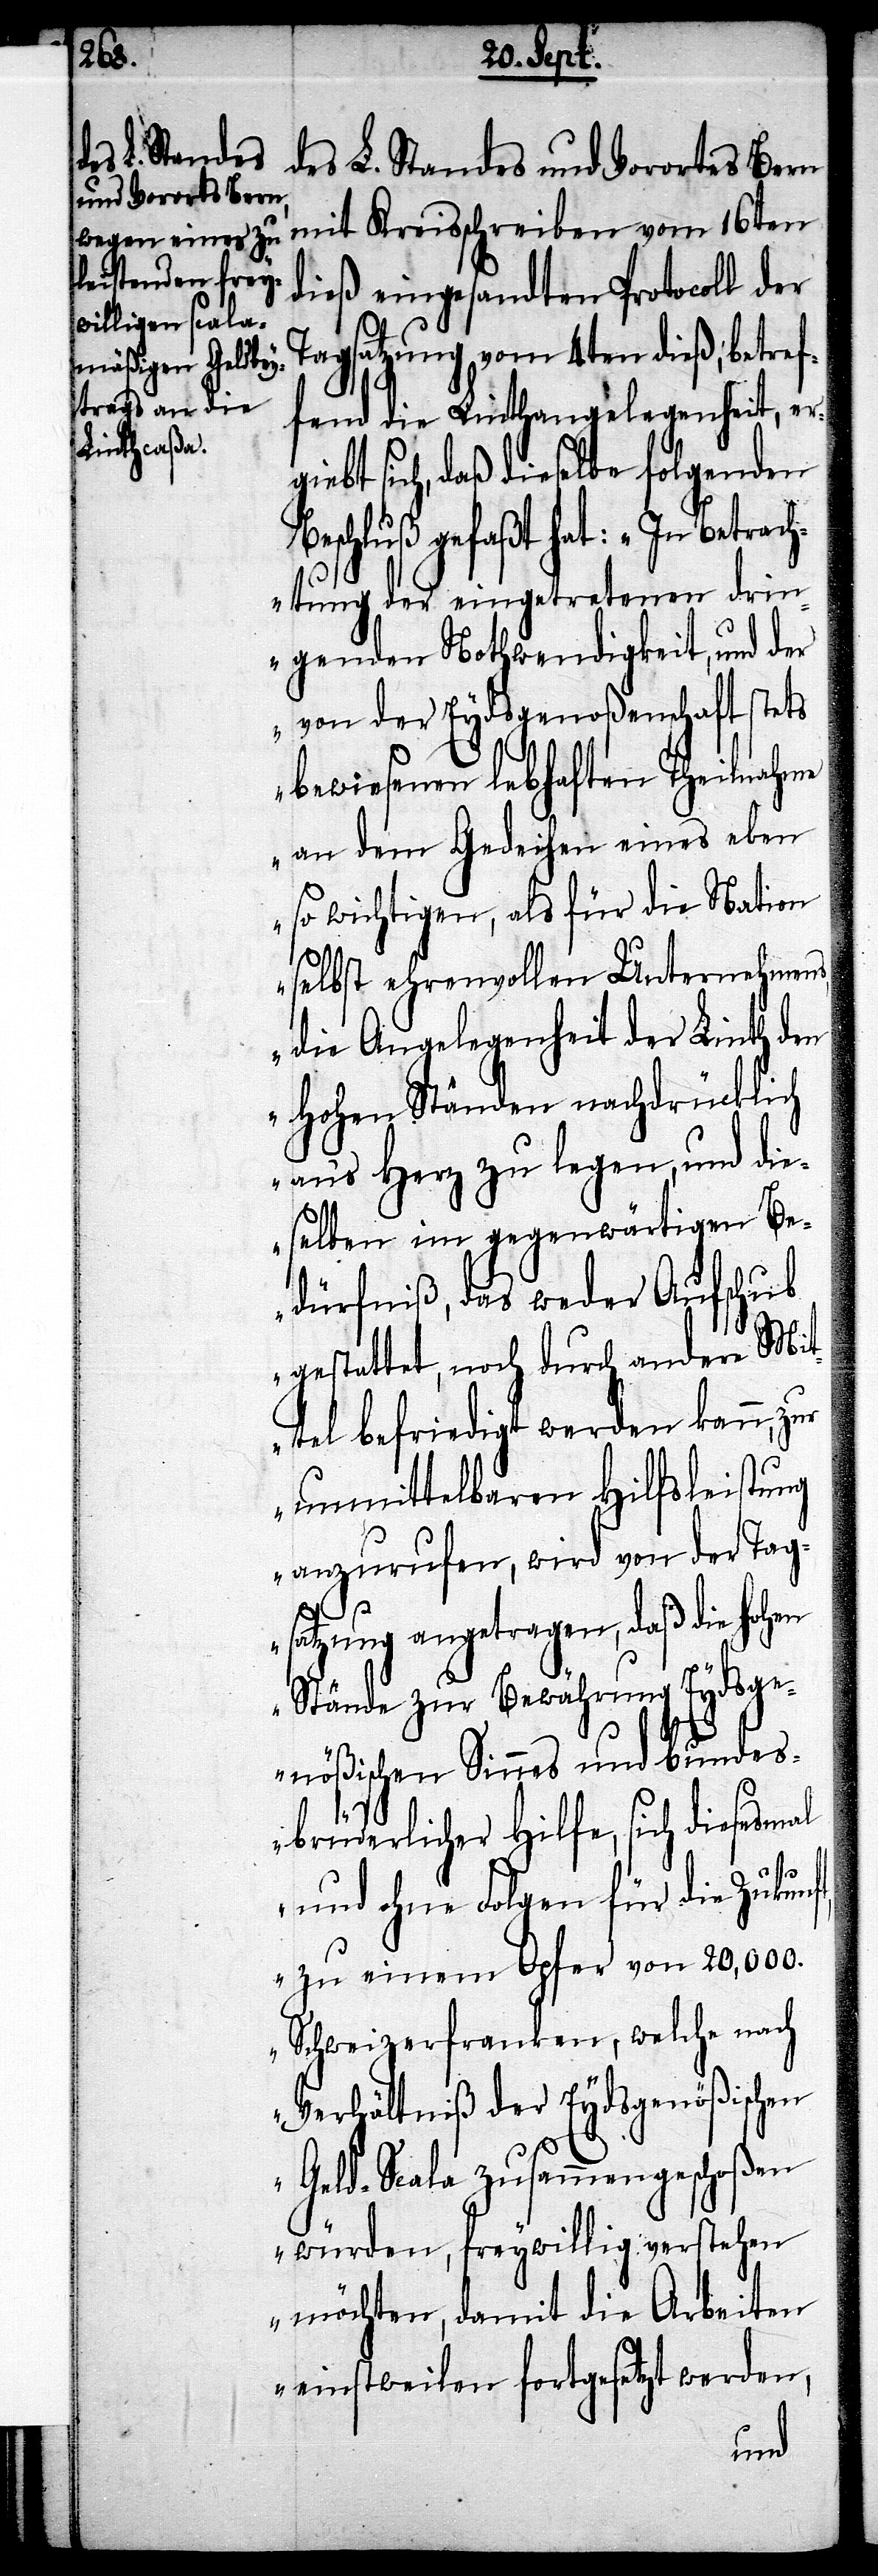
des L. Standes und Vorortes Bern
mit Kreisschreiben vom 16ten
dieß eingesandten Protocoll der
Tagsatzung vom 4ten dieß, betref¬
fend die Linthangelegenheit, ergi¬
ebt sich, daß dieselbe folgenden
Beschluß gefaßt hat: „In Betrach¬
tung der eingetretenen drin¬
genden Nothwendigkeit, und der
von der Eydsgenoßenschaft stets
bewiesenen lebhaften Theilnahme
an dem Gedeihen eines eben
so wichtigen, als für die Nation
selbst ehrenvollen Unternehmens,
die Angelegenheit der Linth den
hohen Ständen nachdrücklich
ans Herz zu legen, und die¬
selben im gegenwärtigen Be¬
dürfniß, das weder Aufschub
gestattet, noch durch andere Mi¬
ttel befriedigt werden kann, zur
unmittelbaren Hilfsleistung
anzurufen, wird von der Tag¬
satzung angetragen, daß die hohen
Stände zur Bewährung Eydsge¬
nößischen Sinnes und Bundes¬
brüderlicher Hilfe, sich diesesmal
und ohne Folgen für die Zukunft,
zu einem Opfer von 20,000.
Schweizerfranken, welche nach
Verhältniß der Eydsgenößischen
Geld-Scala zusammengeschoßen
würden, freywillig verstehen
möchten, damit die Arbeiten
einstweilen fortgesetzt werden,